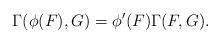
\begin{align*} \Gamma(\phi(F),G) = \phi'(F) \Gamma(F,G).\end{align*}